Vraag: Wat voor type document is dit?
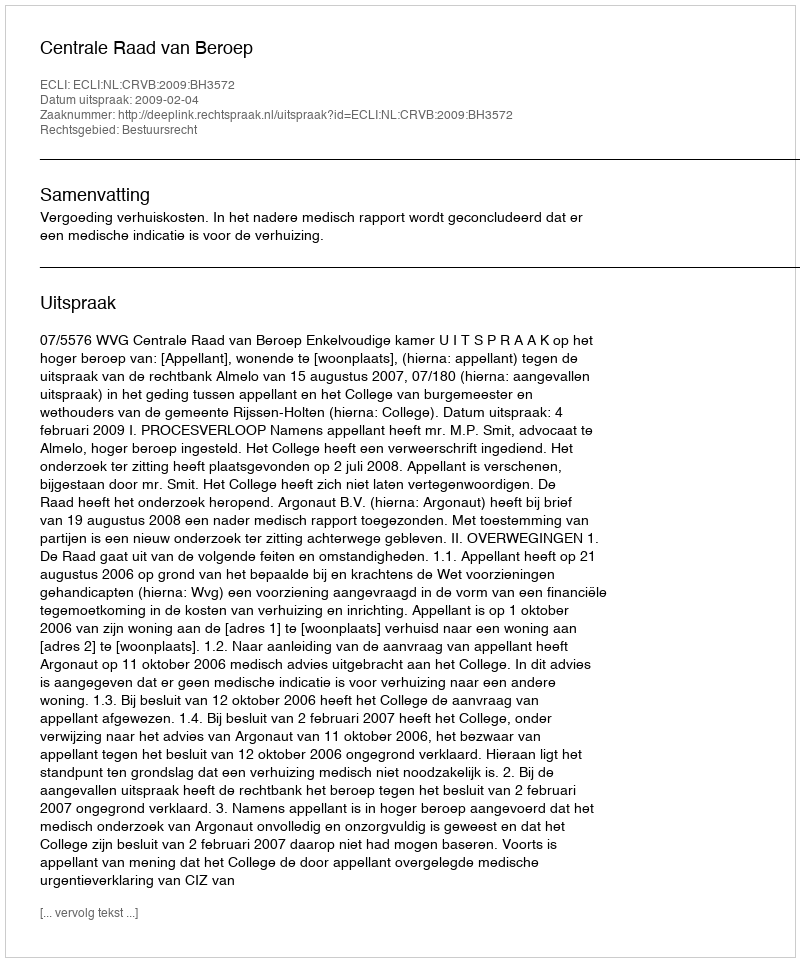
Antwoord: Uitspraak